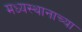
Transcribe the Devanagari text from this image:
मध्यस्थानाच्या